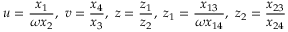
u = \frac { x _ { 1 } } { \omega x _ { 2 } } , ~ v = \frac { x _ { 4 } } { x _ { 3 } } , ~ z = \frac { z _ { 1 } } { z _ { 2 } } , ~ z _ { 1 } = \frac { x _ { 1 3 } } { \omega x _ { 1 4 } } , ~ z _ { 2 } = \frac { x _ { 2 3 } } { x _ { 2 4 } }